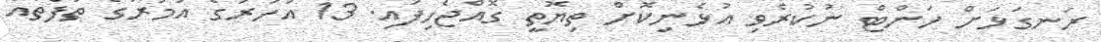
ރަނގަޅަށް ހަންޓް ނުކުރެވި އުޅެނިކޮށް ތިޔޮތީ ގޮއްޖެހިފައި. 13 އަހަރުގެ އުމުރުގެ ތަފާތައް